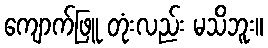
ကျောက်ဖြူ တုံးလည်း မသိဘူး။